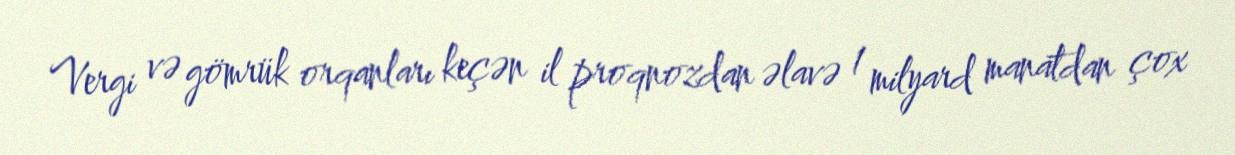
Vergi və gömrük orqanları keçən il proqnozdan əlavə 1 milyard manatdan çox